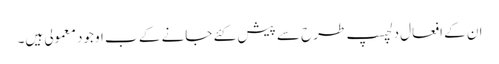
ان کے افعال دلچسپ طرح سے پیش کئے جانے کے ب اوجود معمولی ہیں۔